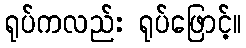
ရုပ်ကလည်း ရုပ်ဖြောင့်။